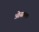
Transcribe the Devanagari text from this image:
ओसरली